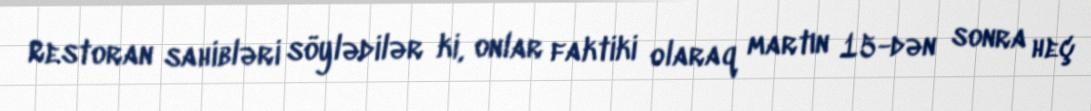
Restoran sahibləri söylədilər ki, onlar faktiki olaraq martın 15-dən sonra heç